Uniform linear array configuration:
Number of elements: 12
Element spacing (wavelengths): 1
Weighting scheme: hamming
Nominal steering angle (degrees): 0
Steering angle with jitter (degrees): -1.239
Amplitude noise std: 0.05
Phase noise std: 0.05

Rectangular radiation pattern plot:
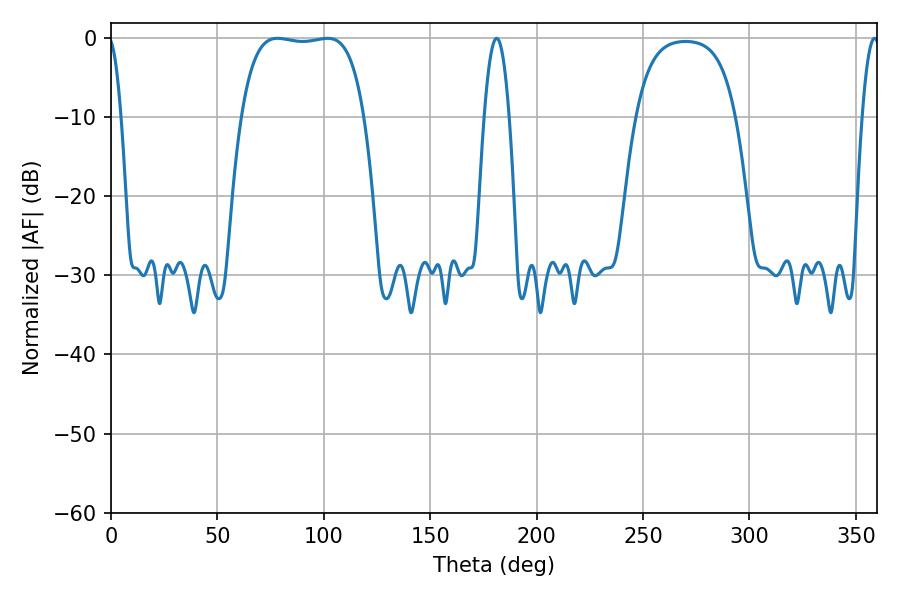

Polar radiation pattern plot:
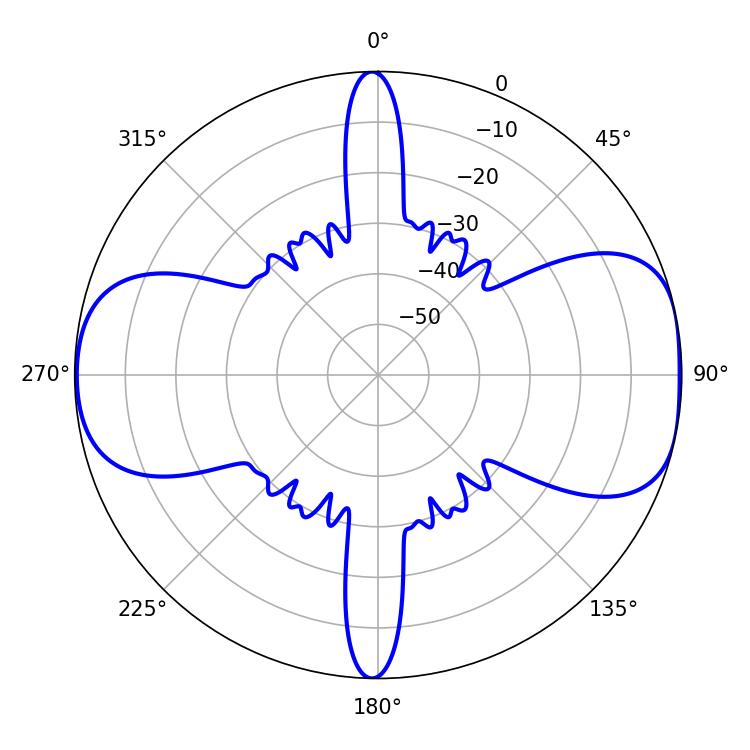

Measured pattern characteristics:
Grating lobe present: TRUE
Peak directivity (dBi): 9.057
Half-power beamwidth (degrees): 45.72
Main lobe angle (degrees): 78.12